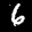
Label: 6